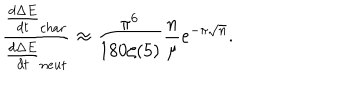
\frac { \frac { d \Delta E } { d t } _ { c h a r } } { \frac { d \Delta E } { d t } _ { n e u t } } \approx \frac { \pi ^ { 6 } } { 1 8 0 \zeta ( 5 ) } \frac { n } { \mu } e ^ { - \pi \sqrt { n } } .